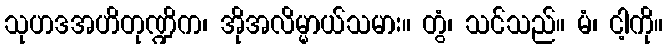
သုဟဒအဟိတုဏ္ဍိက၊ အိုအလိမ္မာယ်သမား။ တွံ၊ သင်သည်။ မံ၊ ငါ့ကို။